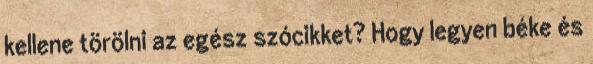
kellene törölni az egész szócikket? Hogy legyen béke és